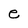
Character: e